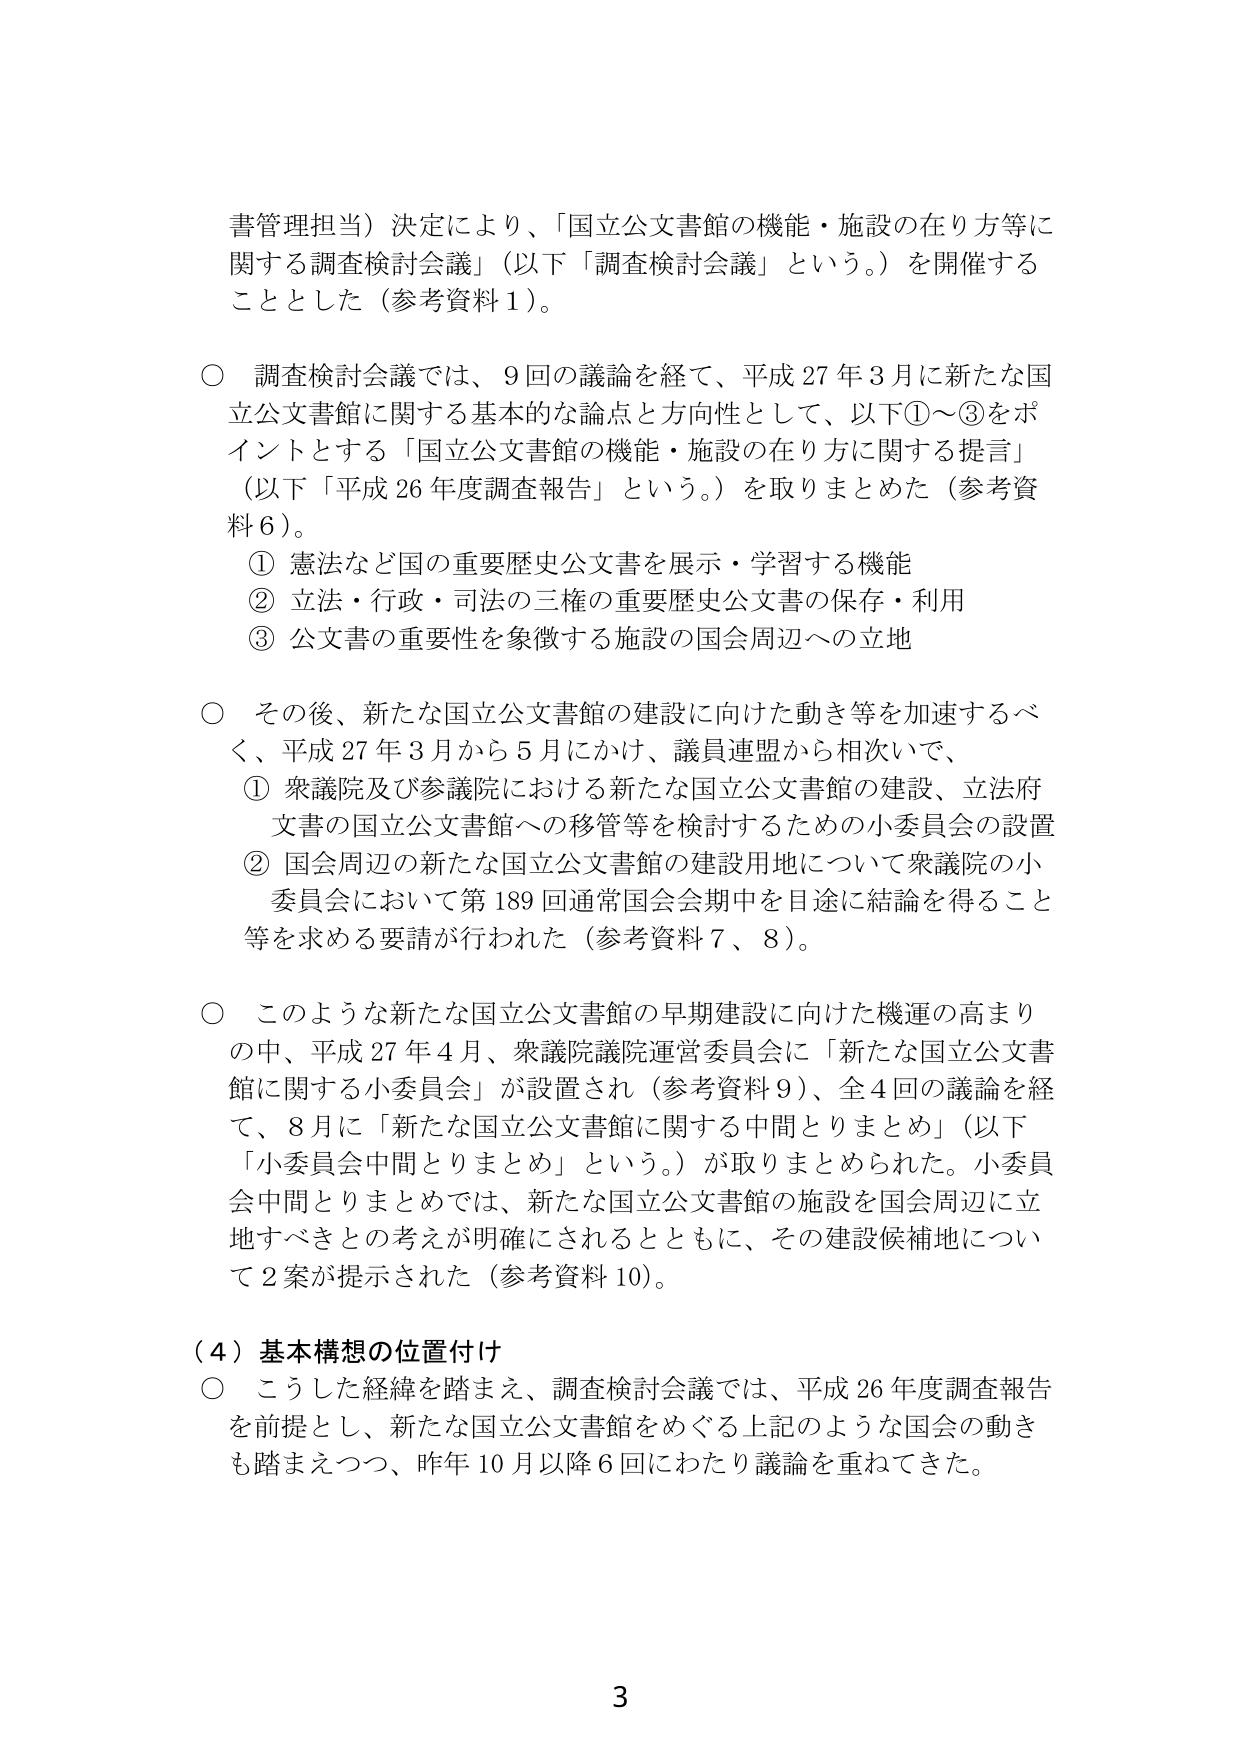
書管理担当）決定により、「国立公文書館の機能・施設の在り方等に関する調査検討会議」（以下「調査検討会議」という。）を開催することとした（参考資料１）。

○ 調査検討会議では、９回の議論を経て、平成27年３月に新たな国立公文書館に関する基本的な論点と方向性として、以下①～③をポイントとする「国立公文書館の機能・施設の在り方に関する提言」（以下「平成26年度調査報告」という。）を取りまとめた（参考資料６）。
　① 憲法など国の重要歴史公文書を展示・学習する機能
　② 立法・行政・司法の三権の重要歴史公文書の保存・利用
　③ 公文書の重要性を象徴する施設の国会周辺への立地

○ その後、新たな国立公文書館の建設に向けた動き等を加速するべく、平成27年３月から５月にかけ、議員連盟から相次いで、
　① 衆議院及び参議院における新たな国立公文書館の建設、立法府文書の国立公文書館への移管等を検討するための小委員会の設置
　② 国会周辺の新たな国立公文書館の建設用地について衆議院の小委員会において第189回通常国会会期中を目途に結論を得ること等を求める要請が行われた（参考資料７、８）。

○ このような新たな国立公文書館の早期建設に向けた機運の高まりの中、平成27年４月、衆議院議院運営委員会に「新たな国立公文書館に関する小委員会」が設置され（参考資料９）、全４回の議論を経て、８月に「新たな国立公文書館に関する中間とりまとめ」（以下「小委員会中間とりまとめ」という。）が取りまとめられた。小委員会中間とりまとめでは、新たな国立公文書館の施設を国会周辺に立地すべきとの考えが明確にされるとともに、その建設候補地について２案が提示された（参考資料10）。

（４）基本構想の位置付け
○ こうした経緯を踏まえ、調査検討会議では、平成26年度調査報告を前提とし、新たな国立公文書館をめぐる上記のような国会の動きも踏まえつつ、昨年10月以降６回にわたり議論を重ねてきた。

3